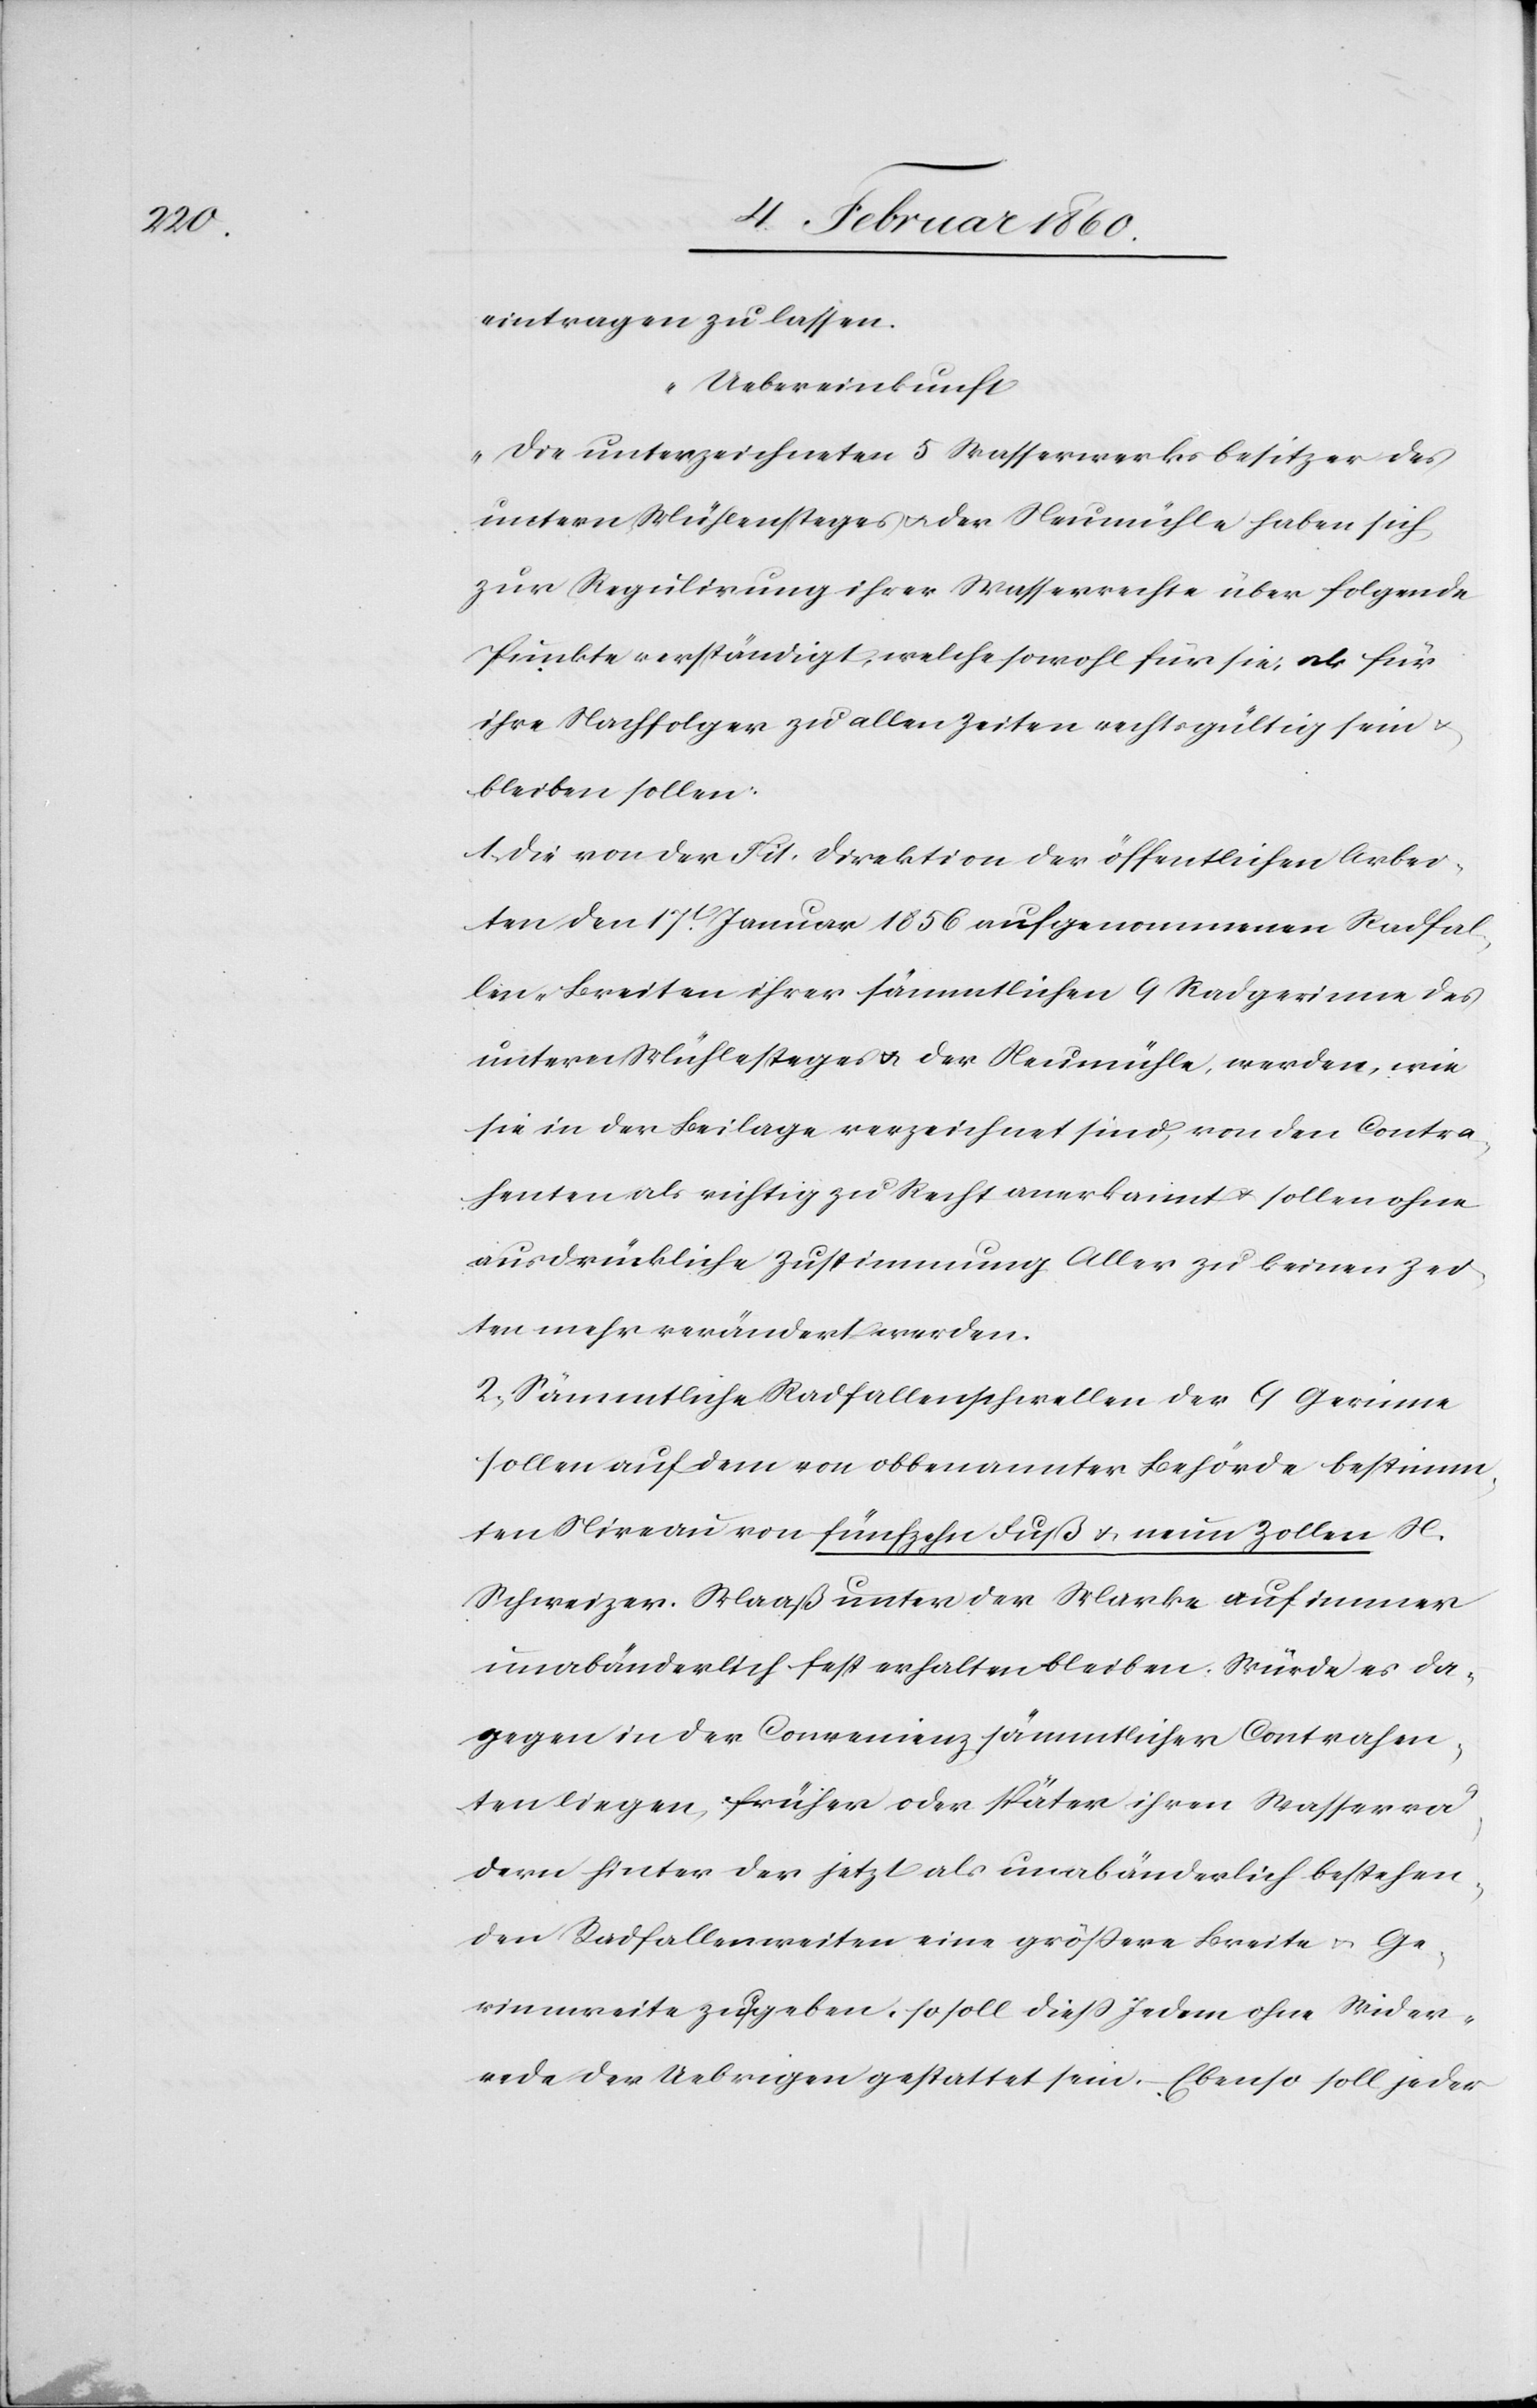
ten

eintragen zu lassen.
„Uebereinkunft.
Die unterzeichneten 5. Wasserwerksbesitzer des
untern Mühlensteges u. der Neumühle haben sich
zur Regulirung ihrer Wasserrechte über folgende
Punkte verständigt, welche sowohl für sie, als für
ihre Nachfolger zu allen Zeiten rechtsgültig sein u.
bleiben sollen.
1. Die von der Tit. Direktion der öffentlichen Arbei¬
ten den 17. Januar 1856. aufgenommenen Radfal¬
len-Breiten ihrer sämmtlichen 9. Radgerinne des
untern Mühlesteges u. der Neumühle, werden, wie
sie in der Beilage verzeichnet sind, von den Contra¬
henten richtig zu Recht anerkannt u. sollen ohne
ausdrückliche Zustimmung Aller zu keinen Zei¬
2. Sämmtliche Radfallenschwellen der 9 Gerinne
sollen auf dem von obbenannter Behörde bestimm¬
ten Niveau von fünffzehn Fuß u. neun Zollen N.
Schweizer Maaß unter der Marke auf immer
unveränderlich fest erhalten bleiben. Würde es da¬
gegen in der Convenienz sämmtlicher Contrahen¬
ten liegen, früher oder später ihren Wasserrä¬
dern hinter der jetzt als unabänderlich bestehen¬
den Radfallenweiten eine größere Breite u. Ge¬
rinnweite zu geben, so soll diess Jedem ohne Wider¬
rede der Uebrigen gestattet sein. Ebenso soll jeder